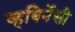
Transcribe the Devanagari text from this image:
व्हबिर्नेसी